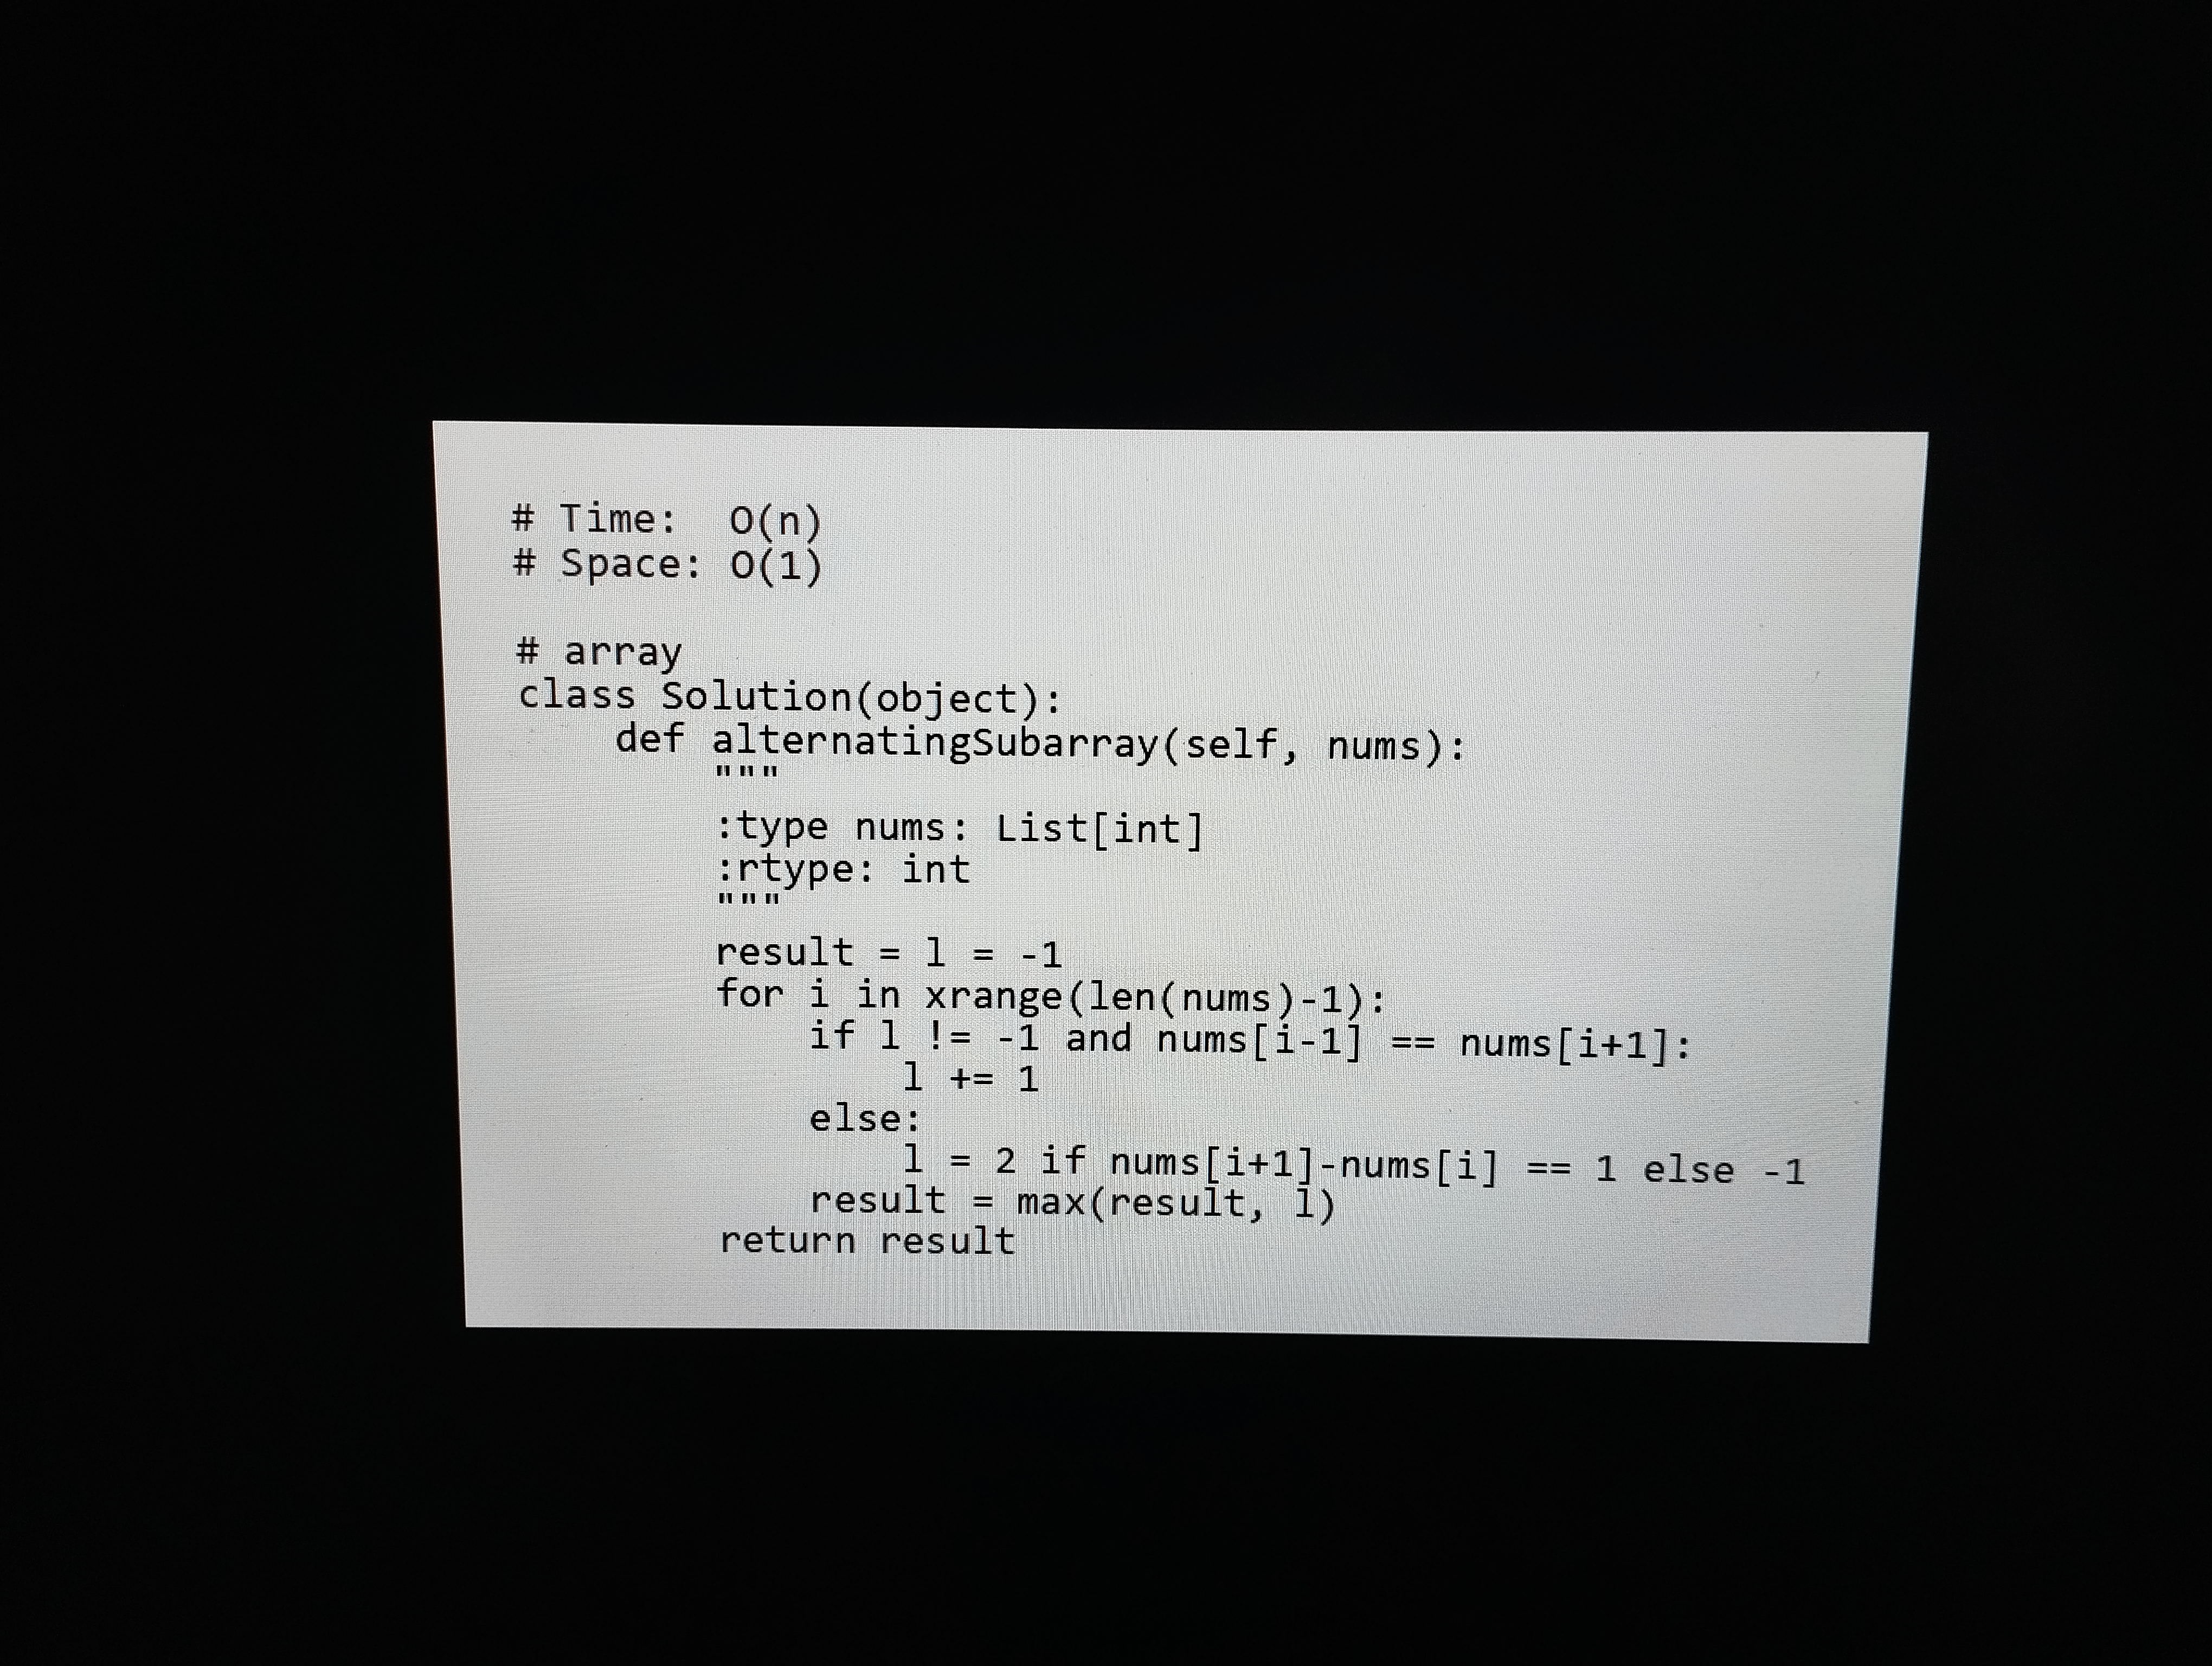
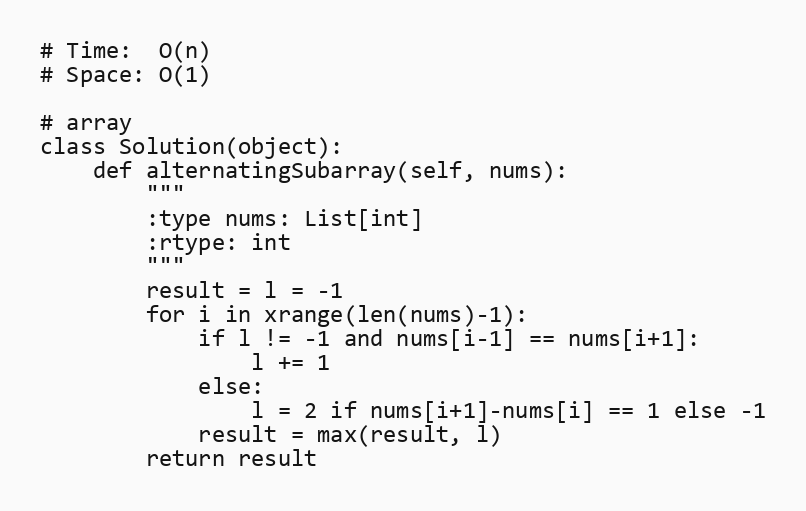
# Time:  O(n)
# Space: O(1)

# array
class Solution(object):
    def alternatingSubarray(self, nums):
        """
        :type nums: List[int]
        :rtype: int
        """
        result = l = -1
        for i in xrange(len(nums)-1):
            if l != -1 and nums[i-1] == nums[i+1]:
                l += 1
            else:
                l = 2 if nums[i+1]-nums[i] == 1 else -1
            result = max(result, l)
        return result